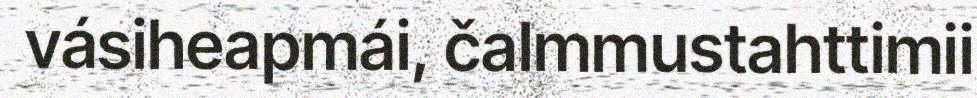
vásiheapmái, čalmmustahttimii